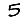
Digit: 5